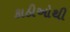
કાઠીઓથી